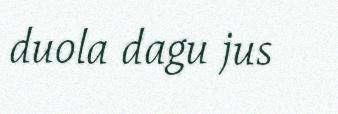
duola dagu jus